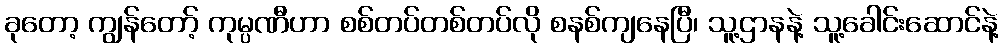
ခုတော့ ကျွန်တော့် ကုမ္ပဏီဟာ စစ်တပ်တစ်တပ်လို စနစ်ကျနေပြီ၊ သူ့ဌာနနဲ့ သူ့ခေါင်းဆောင်နဲ့